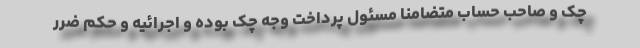
چک و صاحب حساب متضامنا مسئول پرداخت وجه چک بوده و اجرائیه و حکم ضرر